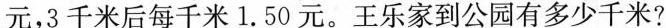
元，3千米后每千米1.50元。王乐家到公园有多少千米?